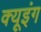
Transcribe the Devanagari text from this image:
क्यूइंग